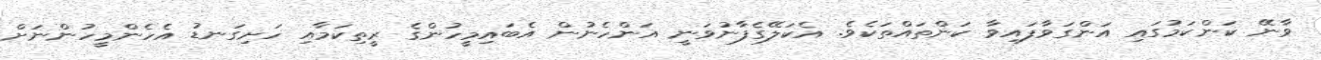
ވާނޭ ކަންކަމުގައި އަންގަވާފައިވާ ކަންތައްތަކެވެ. އެކަލޭގެފާނުވަނީ އަންހެނުން އެބައިމީހުންގެ ރީތިކަމާއި ހަށިގަނޑު އެހެންމީހުންނަށް